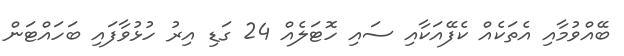
ބޭއްވުމާއި އެތަކެއް ކެފޭއަކާއި ސައި ހޮޓަލެއް 24 ގަޑި އިރު ހުޅުވާފައި ބަހައްޓަން